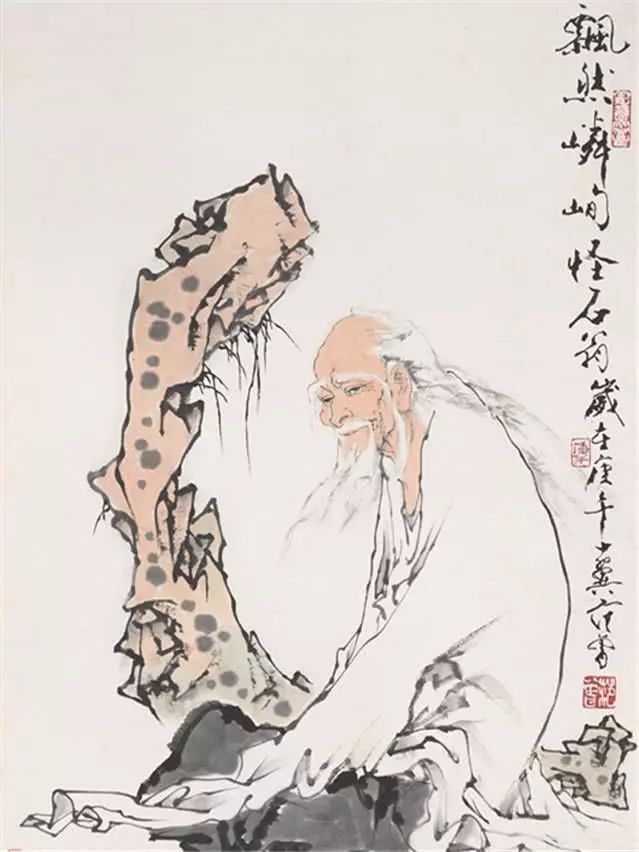
不在其位，不谋其政。